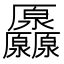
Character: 𠫒